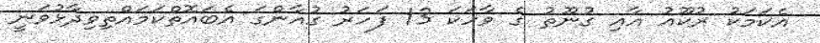
އެކަމަކު ރުކޫއު އާއި ގުނޫތު ގެ ވާހަކަ 13 ފަހަރު ގުއާންގަ އެބައޮތްކަމަައްތިވިދާޅުވަނީ